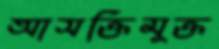
আসক্তিমুক্ত